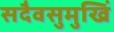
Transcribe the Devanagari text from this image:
सदैवसुमुखिं